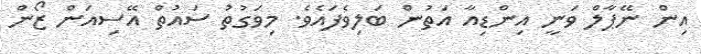
އިން ނޭޕާލް ވަނީ އިންޑިއާ އަތުން ބަލިވެފައެވެ. މިވަގުތު ސައުތް އޭސިއަން ޒޯން